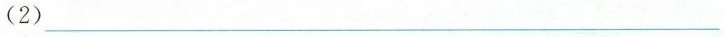
(2)___